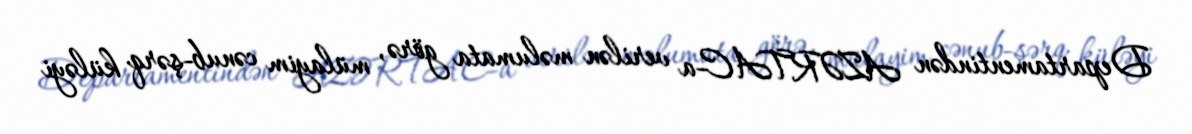
Departamentindən AZƏRTAC-a verilən məlumata görə, mülayim cənub-şərq küləyi